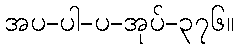
အပ-ပါ-ပ-အုပ်-၃၇၆။